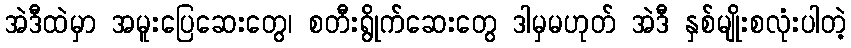
အဲဒီထဲမှာ အမူးပြေဆေးတွေ၊ စတီးရွိုက်ဆေးတွေ ဒါမှမဟုတ် အဲဒီ နှစ်မျိုးစလုံးပါတဲ့